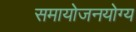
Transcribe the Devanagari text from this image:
समायोजनयोग्‍य